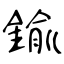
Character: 鍮